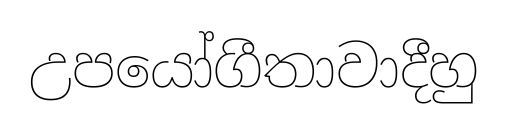
උපයෝගීතාවාදීහු